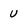
Character: U